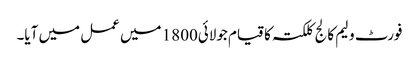
فورٹ ولیم کالج کلکتہ کا قیام جولائی1800 میں عمل میں آیا۔